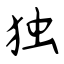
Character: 独